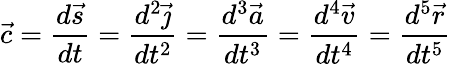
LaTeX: {\vec{c}}={\frac{d{\vec{s}}}{dt}}={\frac{d^{2}{\vec{\jmath}}}{dt^{2}}}={\frac{d^{3}{\vec{a}}}{dt^{3}}}={\frac{d^{4}{\vec{v}}}{dt^{4}}}={\frac{d^{5}{\vec{r}}}{dt^{5}}}